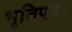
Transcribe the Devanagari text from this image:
भृतिपत्र।